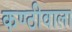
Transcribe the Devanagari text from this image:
कण्ठीवाला